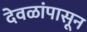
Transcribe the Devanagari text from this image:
देवळांपासून